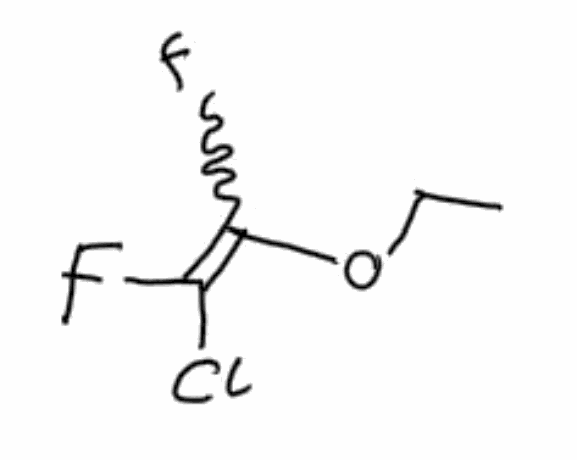
Simplified molecular-input line-entry system (SMILES) notation of the given molecule:
CCOC(=C(F)Cl)F